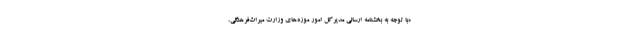
«با توجه به بخشنامه ارسالی مدیرکل امور موزه‌های وزارت میراث‌فرهنگی،